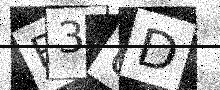
Text: R3UD